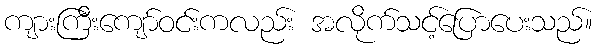
ကျားကြီးကျော်ဝင်းကလည်း အလိုက်သင့်ပြောပေးသည်။